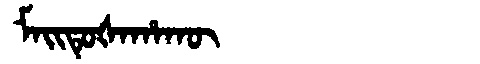
Manchu: ᠮᠠᡳᡨᡠᡧᠠᡥᠠᡴᡡ
Romanization: MAITUŠAHAKŪ